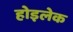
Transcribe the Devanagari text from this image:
होइलेक